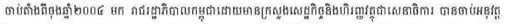
ចាប់តាំងពីចុងឆ្នាំ២០០៤ មក រាជរដ្ឋាភិបាលកម្ពុជាដោយមានក្រសួងសេដ្ឋកិច្ចនិងហិរញ្ញវត្ថុជាសេនាធិការ បានចាប់អនុវត្ត